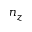
n _ { z }